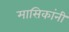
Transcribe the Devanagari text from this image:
मासिकांनी